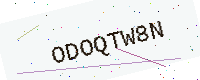
Text: ODOQTW8N